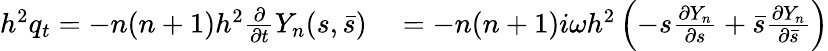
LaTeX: \begin{array}{rl}{h^{2}q_{t}=-n(n+1)h^{2}\frac{\partial}{\partial t}Y_{n}(s,\bar{s})}&{{}=-n(n+1)i\omega h^{2}\left(-s\frac{\partial Y_{n}}{\partial s}+\bar{s}\frac{\partial Y_{n}}{\partial\bar{s}}\right)}\end{array}